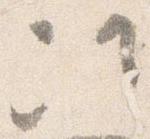
次